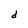
Character: d